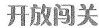
开放闯关